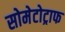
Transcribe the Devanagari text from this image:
सोमेटोट्राफ